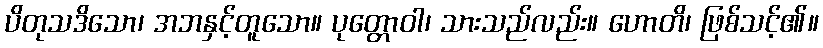
ပိတုသဒိသော၊ အဘနှင့်တူသော။ ပုတ္တောဝါ၊ သားသည်လည်း။ ဟောတိ၊ ဖြစ်သင့်၏။